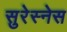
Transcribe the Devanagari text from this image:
सुरेस्नेस